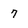
Character: 7